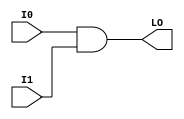
module MULT_AND (output LO, input I0, I1);
  assign LO = I0 & I1;
endmodule